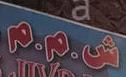
ش . م . م